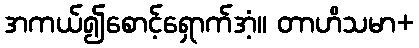
အကယ်၍စောင့်ရှောက်အံ့။ တာဟိသမာ+